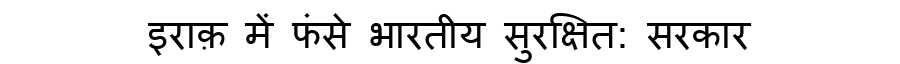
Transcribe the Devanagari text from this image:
इराक़ में फंसे भारतीय सुरक्षित: सरकार